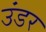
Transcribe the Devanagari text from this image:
उंडर